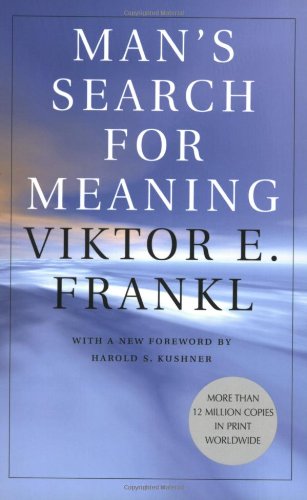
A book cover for Man's Search for Meaning; Viktor E. Frankl; Medical Books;